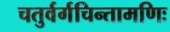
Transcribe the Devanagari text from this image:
चतुर्वर्गचिन्तामणिः